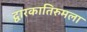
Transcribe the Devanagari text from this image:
द्वारकातिरुमला